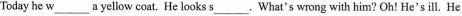
Today he \underline{w} a yellow coat. He looks \underline{s} . What's wrong with him? Oh! He's ill, He